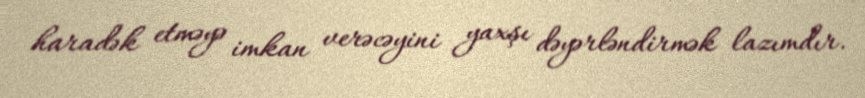
haradək etməyə imkan verəcəyini yaxşı dəyərləndirmək lazımdır.